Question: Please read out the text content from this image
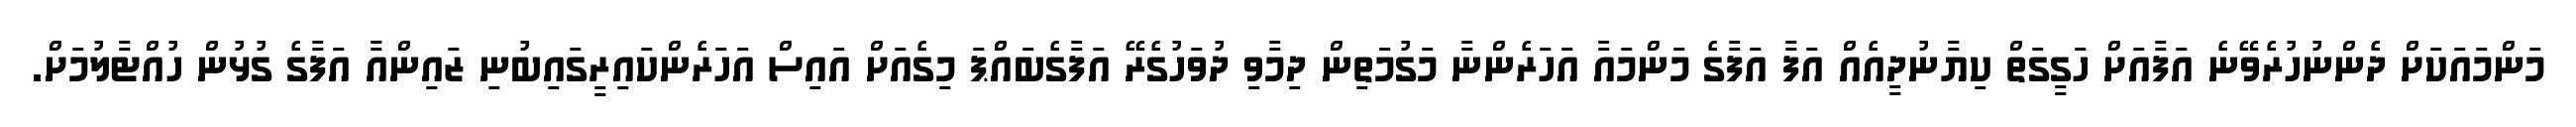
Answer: މަންމައަކަށް ދެންނުހުރެވޭނެ އަފާއަށް ހަގީގަތް ކިޔާނުދީއެއް އަފާ އަފާގެ މަންމައާ އަހަރެންނާ މަގުމަތިން ދިމާވި ދުވަހުގެރޭ އަފާގެބައްޕަ މިގެއަށް އައިސް އަހަރެންކައިރީގައިބުނި ޒައިންއާ އަފާގެ ގުޅުން ހުއްޓާލުމަށް.